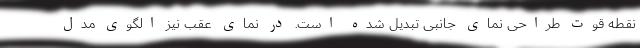
نقطه قوت طراحی نمای جانبی تبدیل شده است. در نمای عقب نیز الگوی مدل